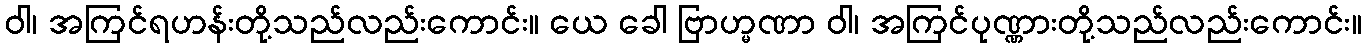
ဝါ၊ အကြင်ရဟန်းတို့သည်လည်းကောင်း။ ယေ ခေါ ဗြာဟ္မဏာ ဝါ၊ အကြင်ပုဏ္ဏားတို့သည်လည်းကောင်း။